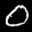
Label: 0